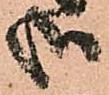
哉